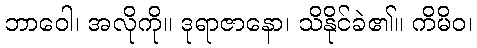
ဘာဝေါ၊ အလိုကို။ ဒုရာဇာနော၊ သိနိုင်ခဲ၏။ ကိမိဝ၊